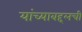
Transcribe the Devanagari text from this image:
यांच्याबद्दलची